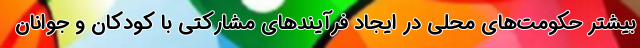
بيشتر حكومت‌هاي محلي در ايجاد فرآيندهاي مشاركتي با كودكان و جوانان